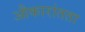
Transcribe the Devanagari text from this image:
औकारांतता